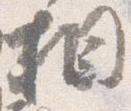
相